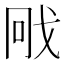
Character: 𭟳